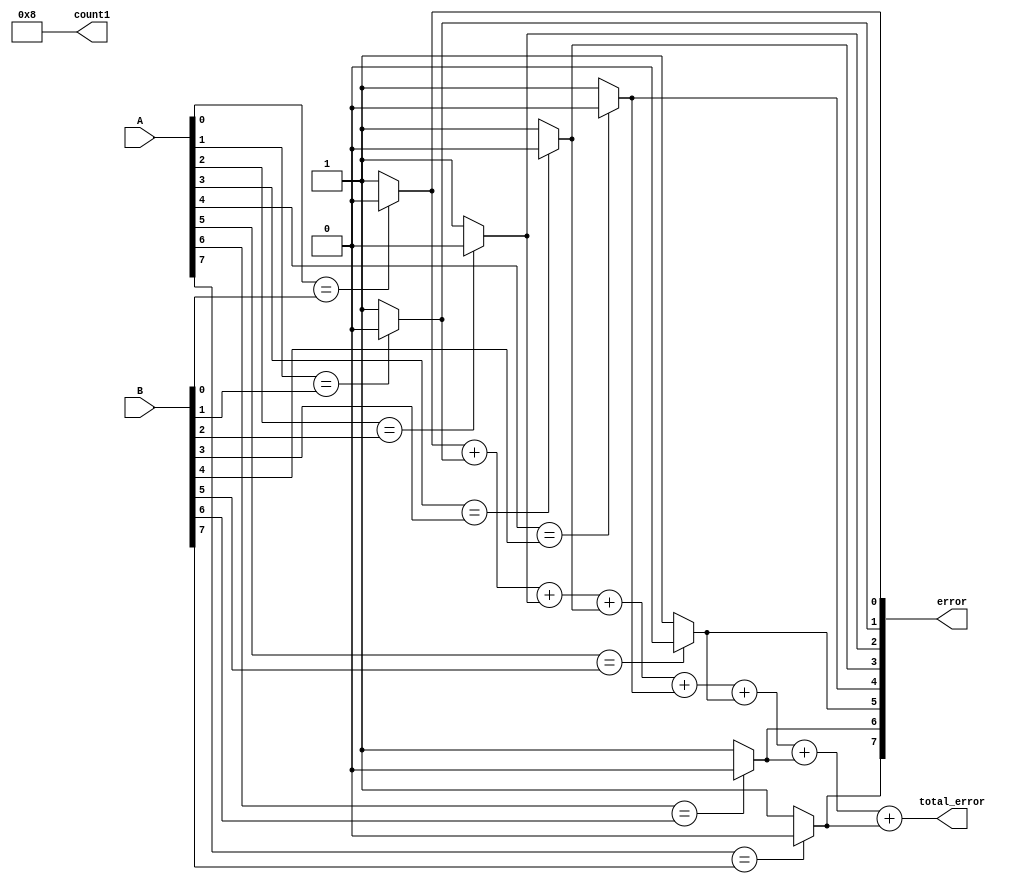
module comp
(
	input [7:0] A,
	input [7:0] B, 
	output reg [7:0] error,
	output reg [7:0] total_error,
	output reg [31:0] count1
);
initial begin
	error[7:0] <= 8'b0;
	total_error[7:0] <= 8'b0;
	count1[31:0] <= 8'b0;
end
always @(A or B)
begin 
error[0] = ( A[0] == B[0])? 1'b0 : 1'b1;
error[1] = ( A[1] == B[1])? 1'b0 : 1'b1;
error[2] = ( A[2] == B[2])? 1'b0 : 1'b1;
error[3] = ( A[3] == B[3])? 1'b0 : 1'b1;
error[4] = ( A[4] == B[4])? 1'b0 : 1'b1;
error[5] = ( A[5] == B[5])? 1'b0 : 1'b1;
error[6] = ( A[6] == B[6])? 1'b0 : 1'b1;
error[7] = ( A[7] == B[7])? 1'b0 : 1'b1;
total_error = error[0]+error[1]+error[2]+ error[3] + error[4] +  error[5] +  error[6] +  error[7] ;
//count = count + 8'd8 ;
count1 = 8;
end
endmodule